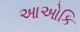
આઓકિ